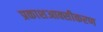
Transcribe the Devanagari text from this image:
प्रकाशआक्सीकरण